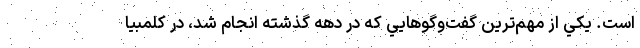
است. يكي از مهم‌ترين گفت‌وگوهايي كه در دهه گذشته انجام شد، در كلمبيا